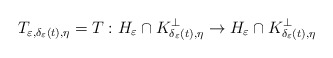
\begin{align*}T_{\varepsilon,\delta_{\varepsilon}(t),\eta}=T: {H}_{\varepsilon}\cap K_{\delta_{\varepsilon}(t),\eta}^{\bot}\rightarrow {H}_{\varepsilon}\cap K_{\delta_{\varepsilon}(t),\eta}^{\bot}\end{align*}